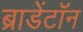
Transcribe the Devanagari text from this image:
ब्राडेंटॉन